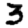
Digit: 3